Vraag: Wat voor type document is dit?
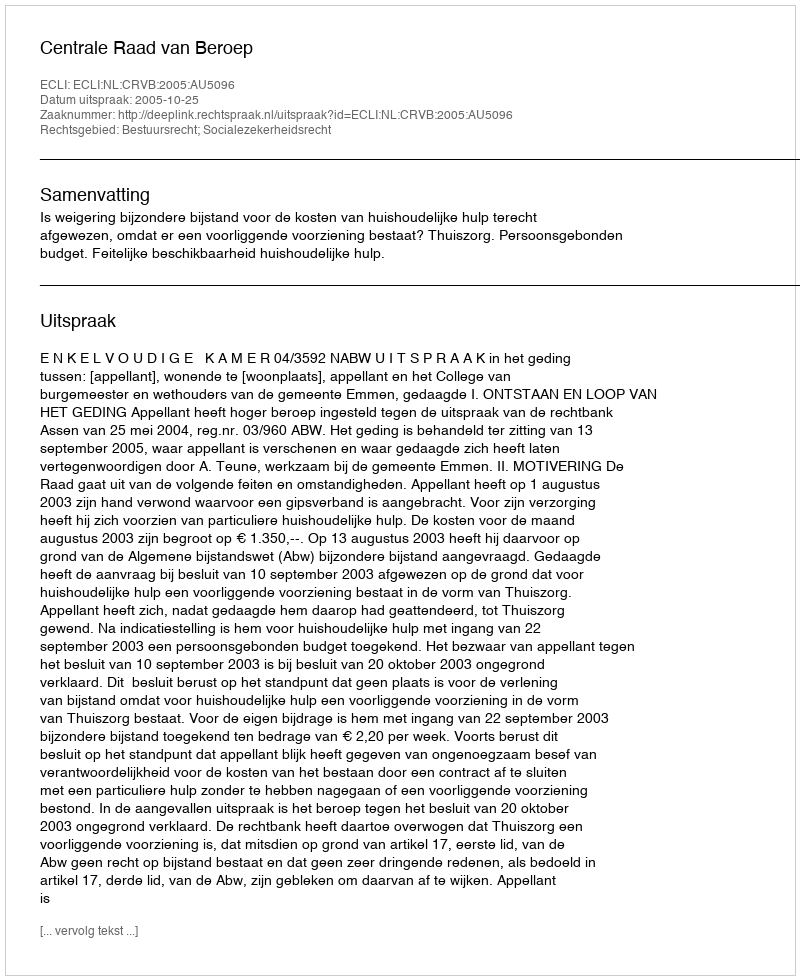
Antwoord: Uitspraak